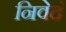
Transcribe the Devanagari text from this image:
निवेदं